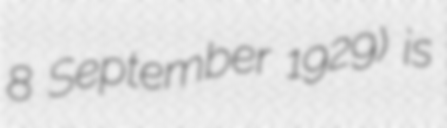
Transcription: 8 September 1929) is